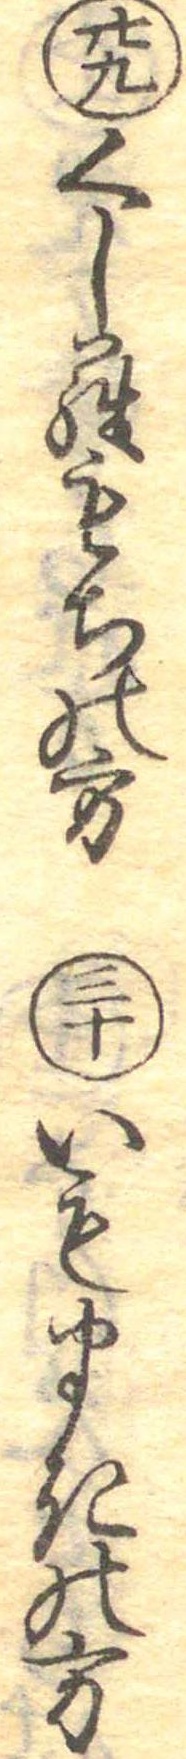
廿九くしらもちの方三十いもまきの方